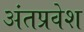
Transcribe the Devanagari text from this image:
अंतप्रवेश